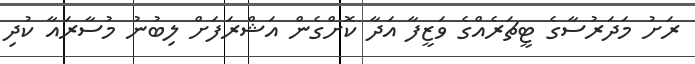
ރަށު މަދަރުސާގެ ޓީޗަރެއްގެ ވަޒީފާ އަދާ ކޮށްގެން އަޝްރަފަށް ލިބުނު މުސާރައާ ކުދި